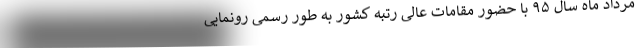
مرداد ماه سال ۹۵ با حضور مقامات عالی رتبه کشور به طور رسمی رونمایی